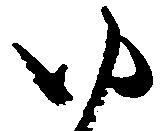
ゆ